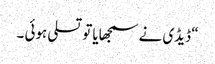
“ ڈیڈی نے سمجھایا تو تسلی ہوئی ۔